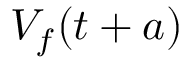
V _ { f } ( t + a )